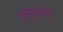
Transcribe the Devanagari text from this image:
इसपुस्तक